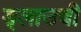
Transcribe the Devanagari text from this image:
ड्लाउची